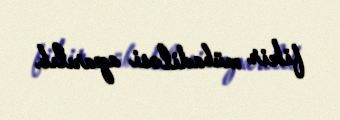
fikir mübadiləsi aparılıb.